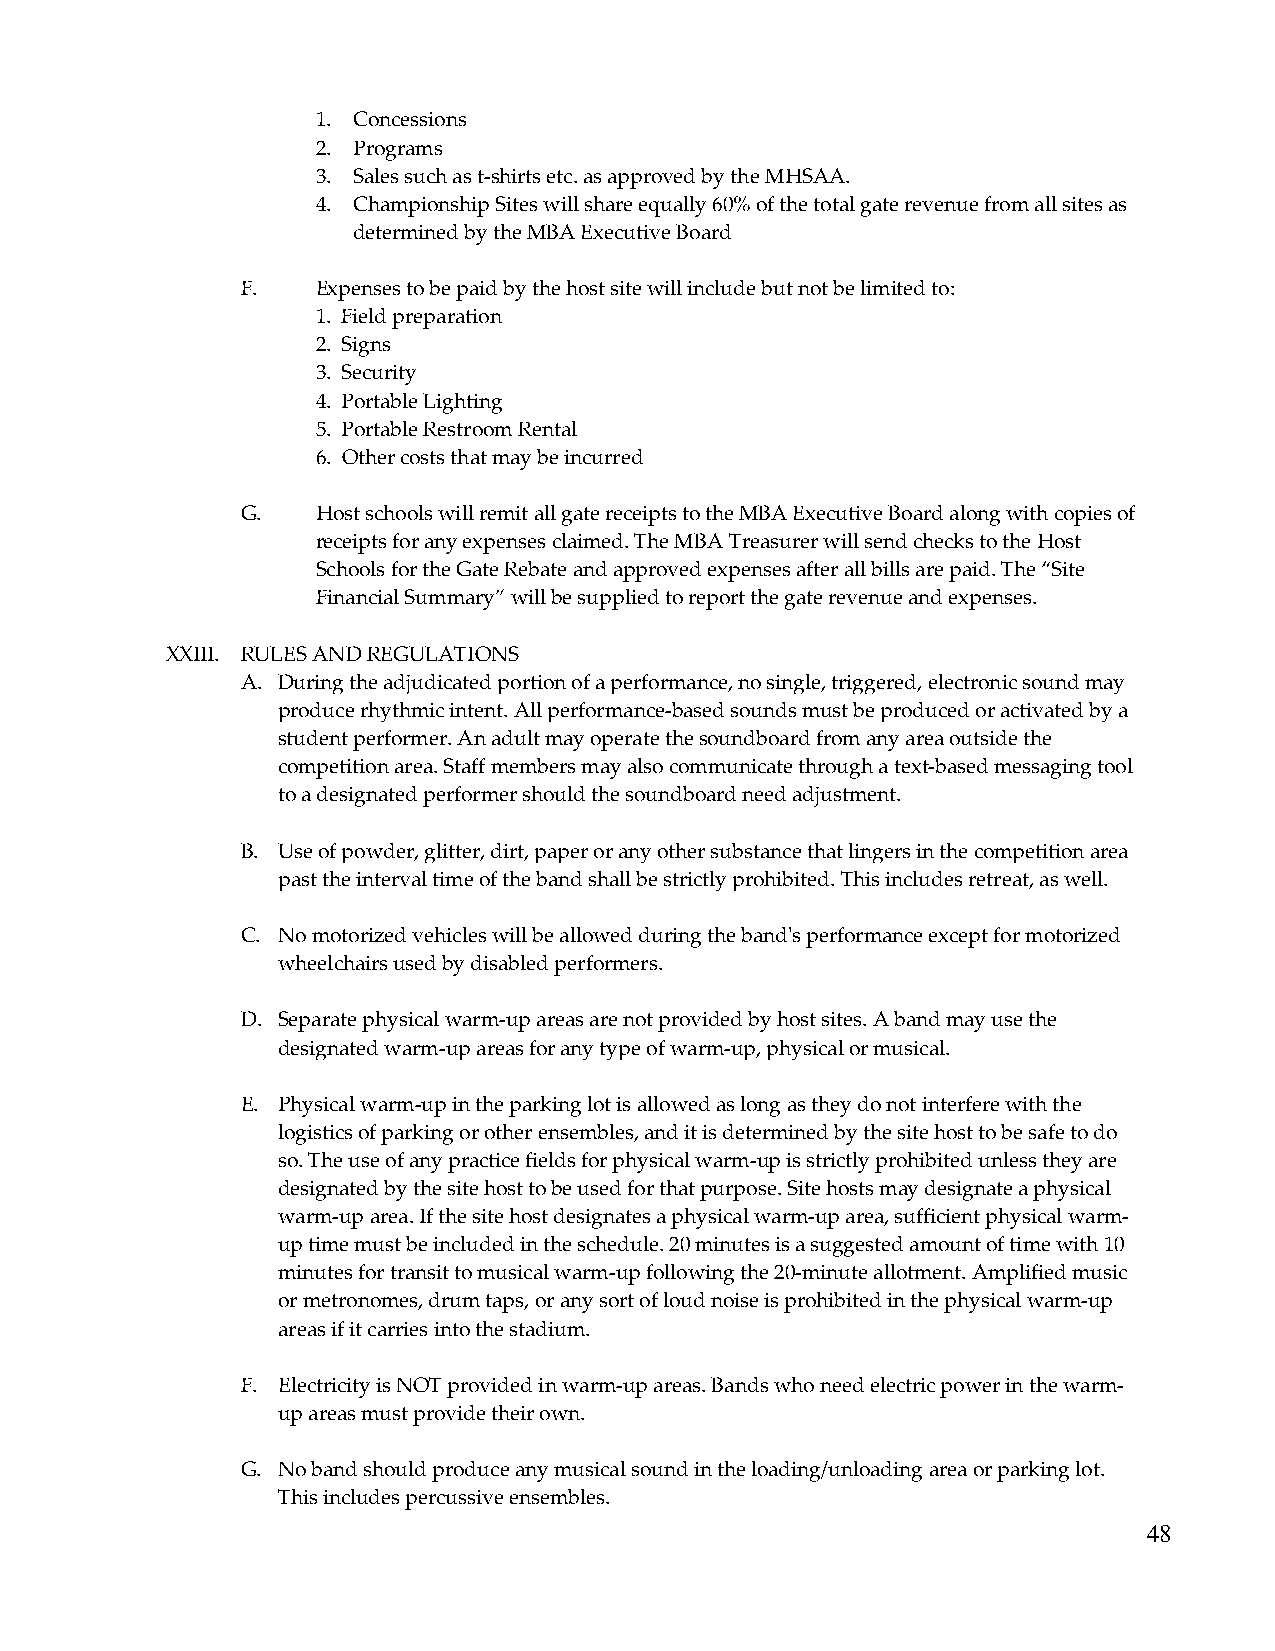
1. Concessions
 2. Programs
 3. Sales such as t-shirts etc. as approved by the MHSAA.
 4. Championship Sites will share equally 60% of the total gate revenue from all sites as
 determined by the MBA Executive Board
 F.   Expenses to be paid by the host site will include but not be limited to:
 1. Field preparation
 2. Signs
 3. Security
 4. Portable Lighting
 5. Portable Restroom Rental
 6. Other costs that may be incurred
 G.   Host schools will remit all gate receipts to the MBA Executive Board along with copies of
 receipts for any expenses claimed. The MBA Treasurer will send checks to the Host
 Schools for the Gate Rebate and approved expenses after all bills are paid. The “Site
 Financial Summary” will be supplied to report the gate revenue and expenses.
 XXIII. RULES AND REGULATIONS
 A. During the adjudicated portion of a performance, no single, triggered, electronic sound may
 produce rhythmic intent. All performance-based sounds must be produced or activated by a
 student performer. An adult may operate the soundboard from any area outside the
 competition area. Staff members may also communicate through a text-based messaging tool
 to a designated performer should the soundboard need adjustment.
 B. Use of powder, glitter, dirt, paper or any other substance that lingers in the competition area
 past the interval time of the band shall be strictly prohibited. This includes retreat, as well.
 C. No motorized vehicles will be allowed during the band's performance except for motorized
 wheelchairs used by disabled performers.
 D. Separate physical warm-up areas are not provided by host sites. A band may use the
 designated warm-up areas for any type of warm-up, physical or musical.
 E. Physical warm-up in the parking lot is allowed as long as they do not interfere with the
 logistics of parking or other ensembles, and it is determined by the site host to be safe to do
 so. The use of any practice fields for physical warm-up is strictly prohibited unless they are
 designated by the site host to be used for that purpose. Site hosts may designate a physical
 warm-up area. If the site host designates a physical warm-up area, sufficient physical warm-
 up time must be included in the schedule. 20 minutes is a suggested amount of time with 10
 minutes for transit to musical warm-up following the 20-minute allotment. Amplified music
 or metronomes, drum taps, or any sort of loud noise is prohibited in the physical warm-up
 areas if it carries into the stadium.
 F. Electricity is NOT provided in warm-up areas. Bands who need electric power in the warm-
 up areas must provide their own.
 G. No band should produce any musical sound in the loading/unloading area or parking lot.
 This includes percussive ensembles.
 48